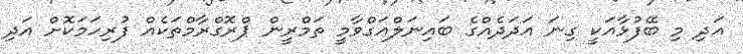
އަދި މި ބޭފުޅާއަކީ ގިނަ އަދަދެއްގެ ބައިނަލްއަގްވާމީ ތަމްރީން ޕްރޮގްރާމްތަކެއް ފުރިހަމަކޮށް އަދި